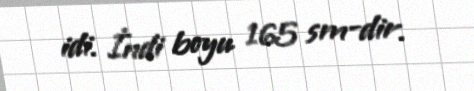
idi. İndi boyu 165 sm-dir.